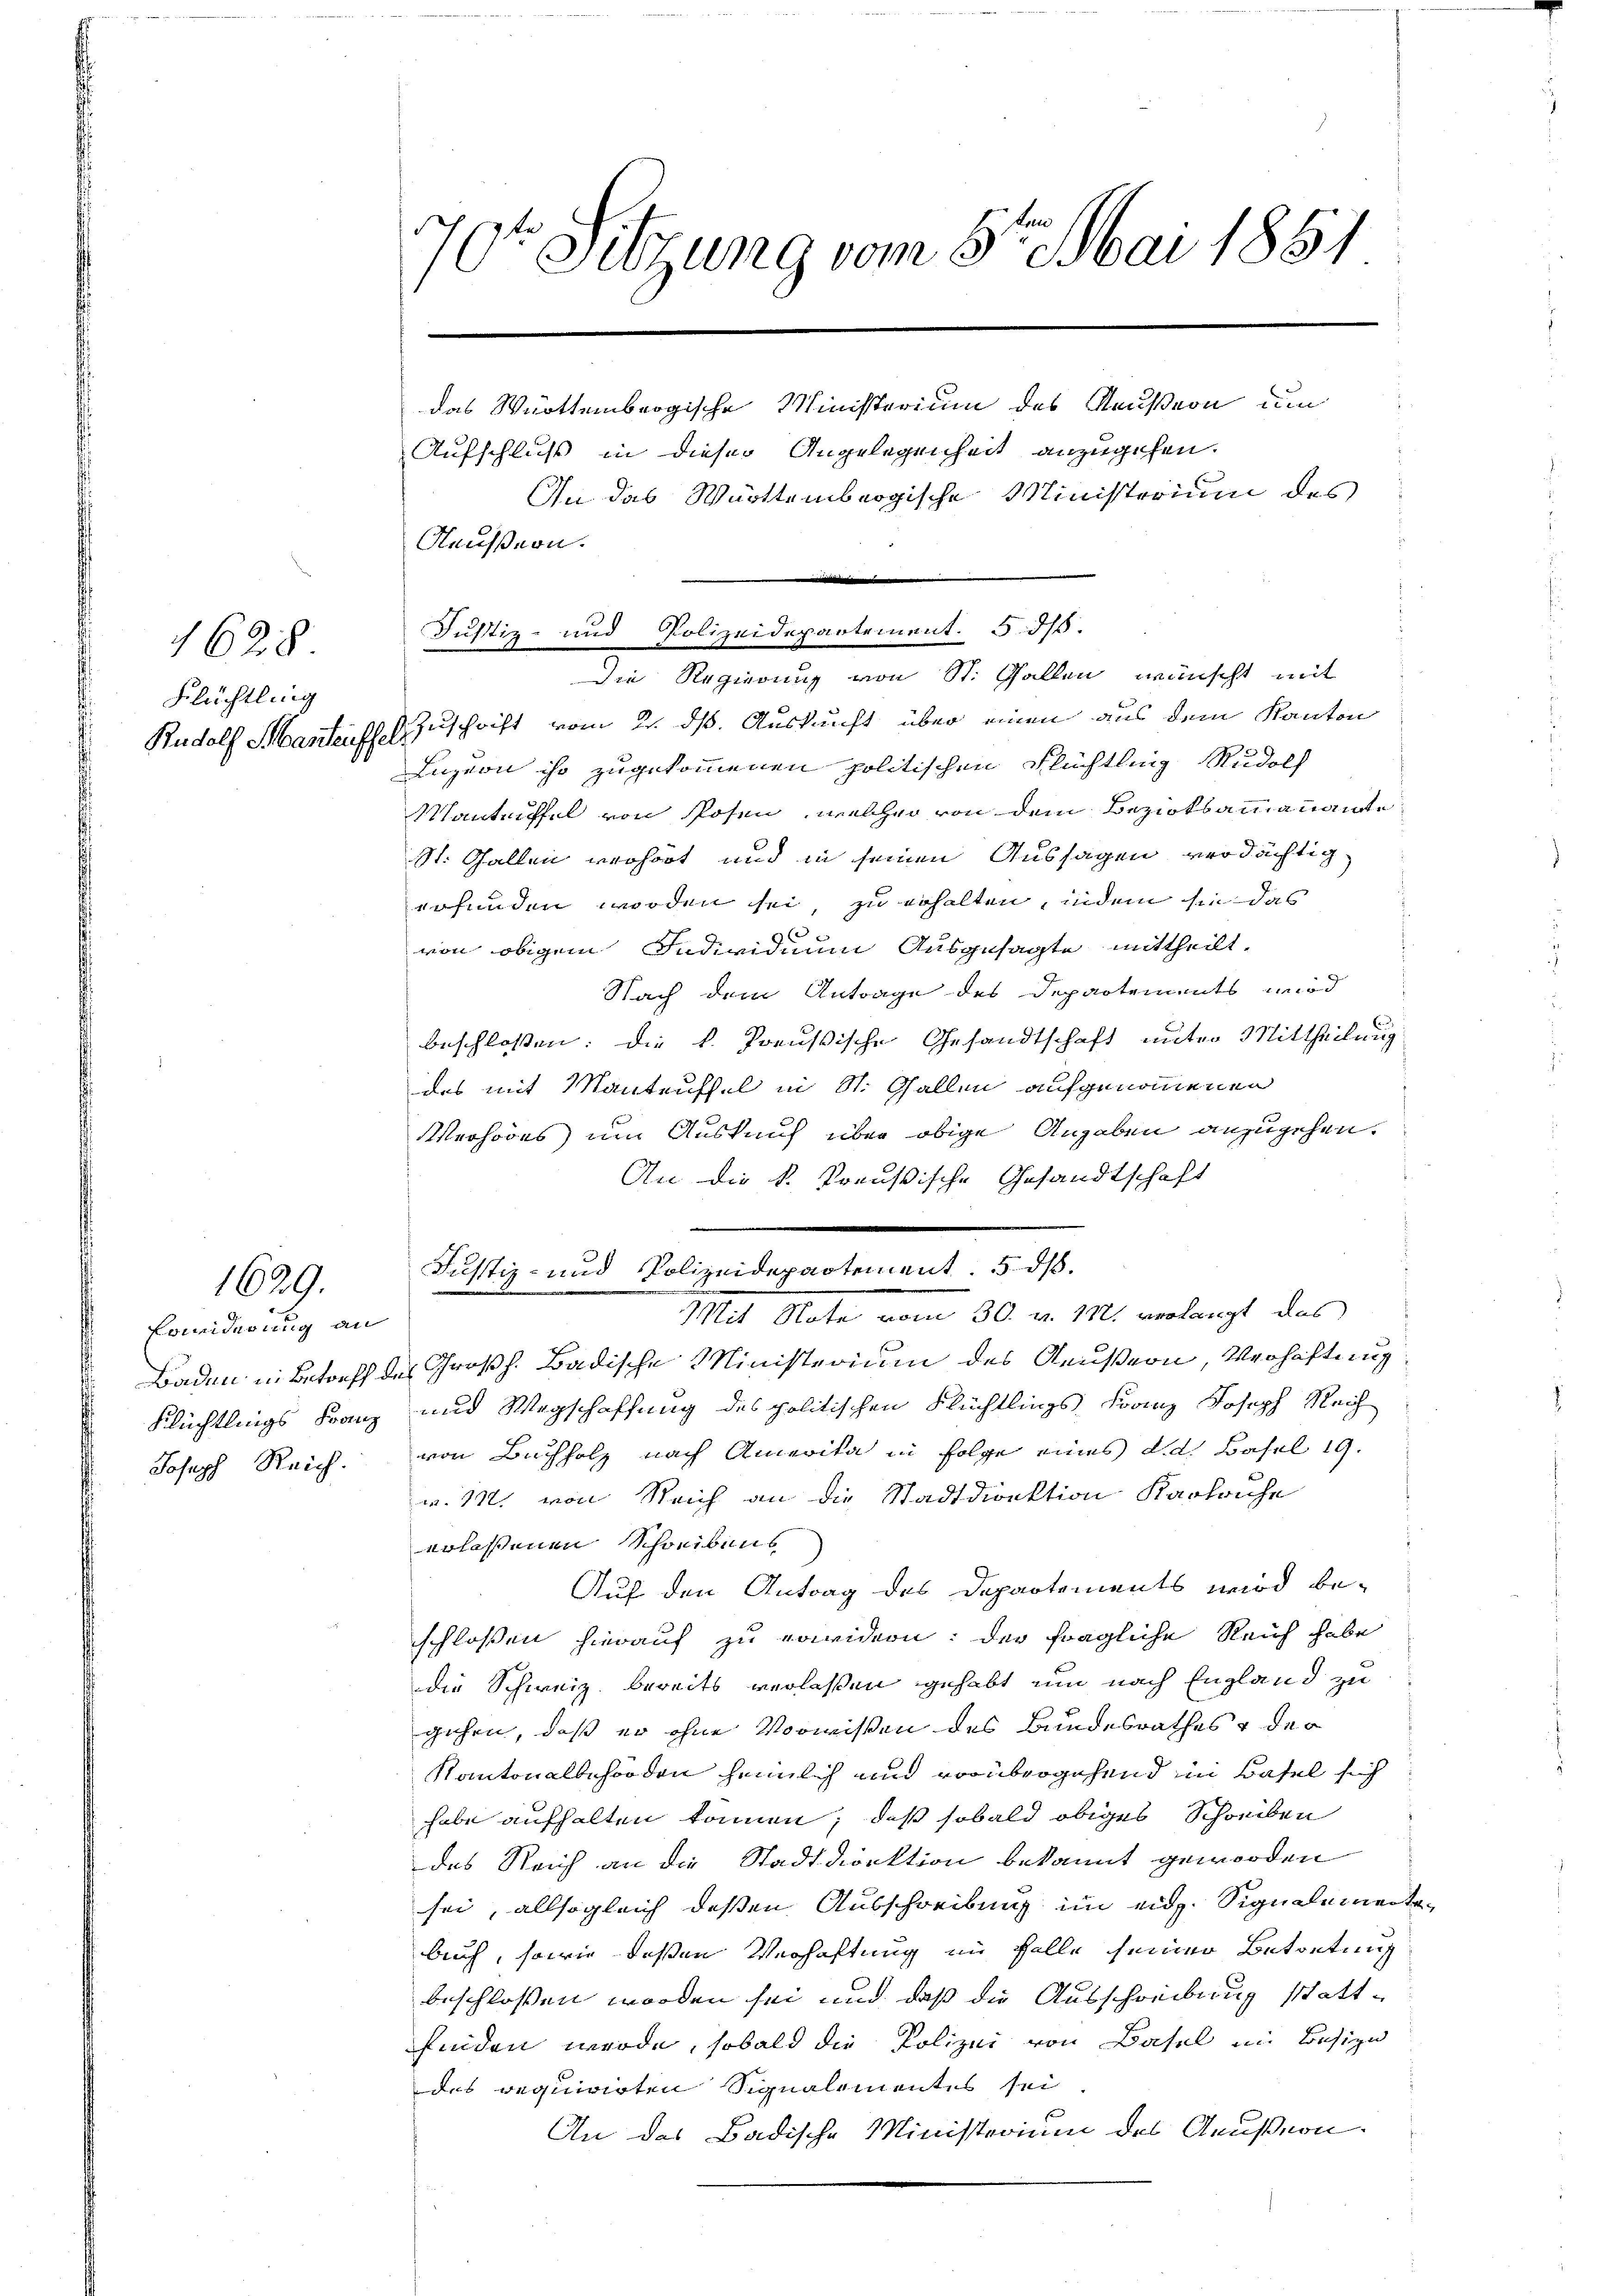
628
Flüchtling

1629.

Erwiderung an
Joseph Reich.

70te Sitzung vom 5t. Mai 1851

Justiz- und Polizeidepartement. § 315.

das Württembrogische Ministerium des Reußern um
Aufschluß in dieser Angelegenheit anzugehen.
In das Württembergische Ministerium des
Aeussern.
Die Regierung von St. Gallen wünscht mit
Rudolf Mantensch Zuschrift vom 2. ds. Auskunft über einen aus dem Kanton
Luzion ihr zugekommenen politischen Flüchtling Rudolf
Mantriffel von Posen, welcher von dem Bezirksammannamte
St. Gallen verhört und in seinen Aussagen verdächtig
erfunden worden sei, zu erhalten, indem sie das
2
von obigem Individium Ausgesagte mittheilt,
Nach dem Antrage des Departements wird
beschlossen: die k. Preußische Gesandtschaft unter Mittheilung
des mit Manteuffel in St. Gallen aufgenommenen
Verhöres um Auskunft über obige Angaben anzugehen.
An die k. Preußische Gesandtschaft
Mit Note vom 30. v. 182. verlangt, das
Baden in Betreff des Großh. Badische Ministerium des Aeußern, Verhaftung
Flüchtlings Franz und Wegschaffung des politischen Flüchtlings Franz Joseph Reich
von Buchholz nach Amerika in Folge eines d.d. Basel 19.
w. M. von Reich an die Stadtdirektion Karliche
erlassenen Schreibens
Auf den Antrag des Departements wird beschlossen hierauf zu erwidern: der fragliche Reich habe
die Schweiz. bereits verlassen gehabt um nach England zu
gehen, daß er ohne Vorwissen des Bundesrathes & der
Kantonalbehörden heimlich und vorübergehend in Basel sich
habe aufhalten können; daß sobald obiges Schreiben
des Reich an die Stadtdirektion bekannt geworden
sei, allsogleich deßen Ausschreibung im eid. Signalemente
Buch, sowie deßen Verhaftung im Falle seiner Betretung
beschlossen worden sei und daß die Ausschreibung stattfinden werde, sobald die Polizei von Basel im Besizn
des requirirten Signalementes sei
An das Badische Ministerium des Aeußern.

Justiz- und Polizeidepartement: 5. ds.